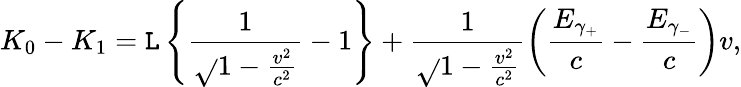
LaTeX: K_{0}-K_{1}=\mathtt{L}\left\{ \frac{{1}}{{\sqrt{}{{1-\frac{{v^{2}}}{{c^{2}}}}}}}-1\right\} +\frac{{1}}{{\sqrt{}{{1-\frac{{v^{2}}}{{c^{2}}}}}}}\left(\frac{{E_{\gamma_{+}}}}{c}-\frac{{E_{\gamma_{-}}}}{c}\right)v,